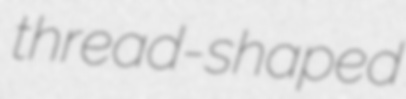
thread-shaped